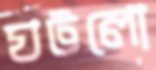
ঘটলো